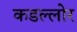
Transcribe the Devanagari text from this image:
कडल्लोर